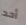
أحد